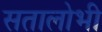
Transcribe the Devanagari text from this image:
सतालोभी